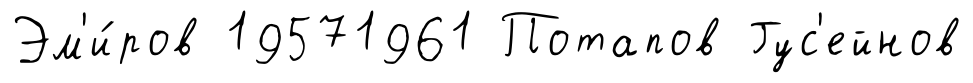
Эм'и́ров 19571961 Потапов Гус'ейнов